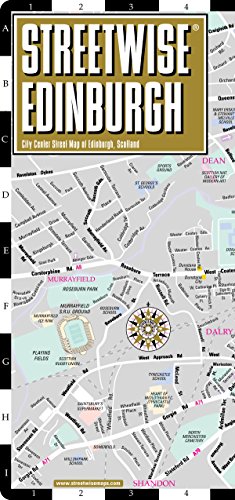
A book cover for Streetwise Edinburgh Map - Laminated City Center Street Map of Edinburgh, Scotland (Streetwise (Streetwise Maps)); Streetwise Maps Inc.; Travel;